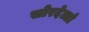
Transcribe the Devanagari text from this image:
सोरदेल्लो